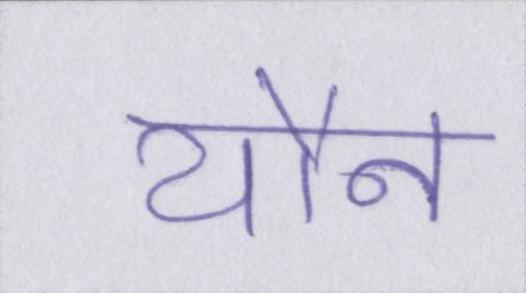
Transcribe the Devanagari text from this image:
यौन